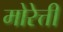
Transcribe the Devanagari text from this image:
मोरेत्ती